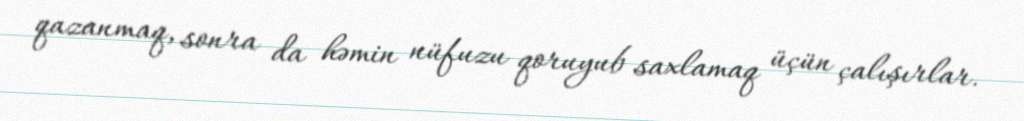
qazanmaq, sonra da həmin nüfuzu qoruyub saxlamaq üçün çalışırlar.